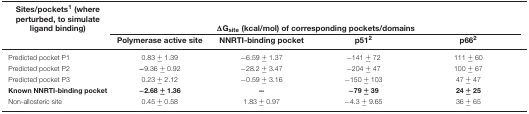
<table><thead><tr><td><b>Sites/pockets<sup>1</sup> (where perturbed, to simulate ligand binding)</b></td><td colspan="4"><b>ΔG<sub>site</sub> (kcal/mol) of corresponding pockets/domains</b></td></tr><tr><td></td><td><b>Polymerase active site</b></td><td><b>NNRTI-binding pocket</b></td><td><b>p51<sup>2</sup></b></td><td><b>p66<sup>2</sup></b></td></tr></thead><tbody><tr><td>Predicted pocket P1</td><td>0.83 ± 1.39</td><td>−6.59 ± 1.37</td><td>−141 ± 72</td><td>111 ± 60</td></tr><tr><td>Predicted pocket P2</td><td><b>−</b>9.36 ± 0.92</td><td>−28.2 ± 3.47</td><td>−204 ± 47</td><td>100 ± 67</td></tr><tr><td>Predicted pocket P3</td><td>0.23 ± 2.12</td><td>−0.59 ± 3.16</td><td>−150 ± 103</td><td>47 ± 47</td></tr><tr><td><b>Known NNRTI-binding pocket</b></td><td><b>−2.68 ± 1.36</b></td><td><b>—</b></td><td><b>−79 ± 39</b></td><td><b>24 ± 25</b></td></tr><tr><td>Non-allosteric site</td><td>0.45 ± 0.58</td><td>1.83 ± 0.97</td><td>−4.3 ± 9.65</td><td>36 ± 65</td></tr></tbody></table>